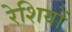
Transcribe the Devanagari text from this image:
रेशियों